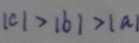
\vert c \vert > \vert b \vert > \vert a \vert